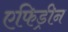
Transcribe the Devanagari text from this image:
एफिड्रीन